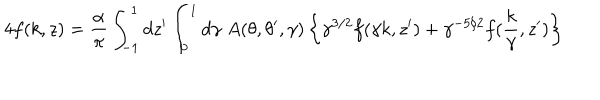
LaTeX: 4 f ( k , z ) = { \frac { \alpha } { \pi } } \int _ { - 1 } ^ { 1 } d z ^ { \prime } \int _ { 0 } ^ { 1 } d \gamma \; A ( \theta , \theta ^ { \prime } , \gamma ) \left\{ \gamma ^ { 3 / 2 } f ( \gamma k , z ^ { \prime } ) + \gamma ^ { - 5 / 2 } f ( { \frac { k } { \gamma } } , z ^ { \prime } ) \right\}